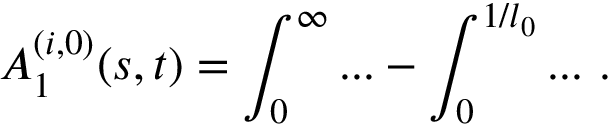
A _ { 1 } ^ { ( i , 0 ) } ( s , t ) = \int _ { 0 } ^ { \infty } . . . - \int _ { 0 } ^ { 1 / l _ { 0 } } . . . \ .